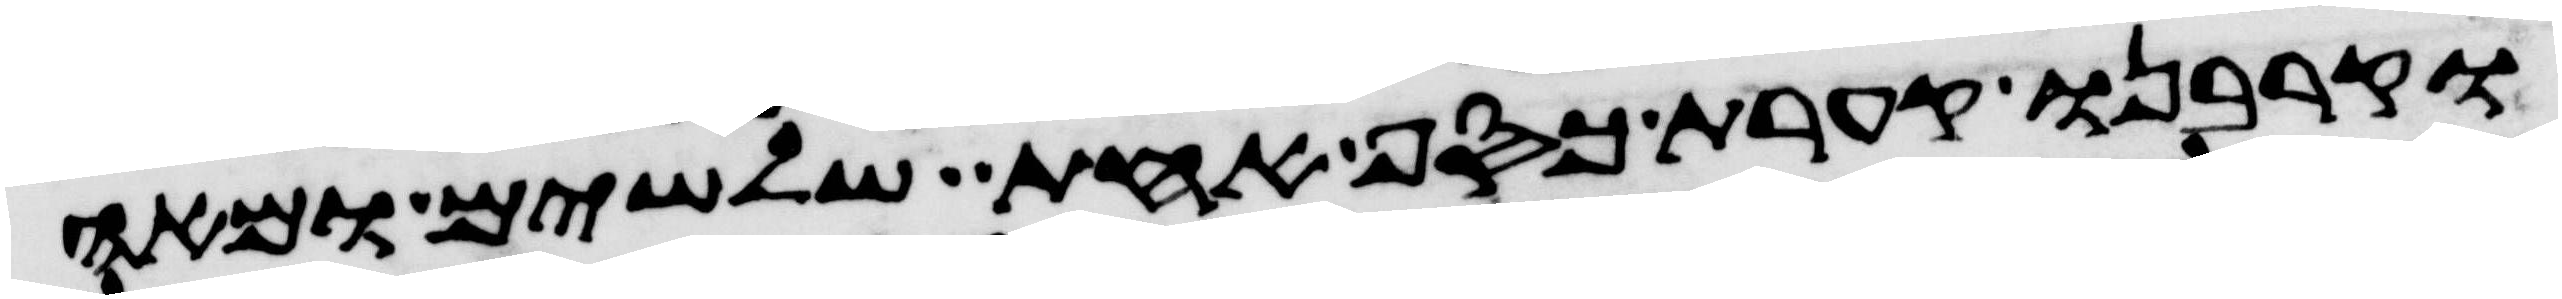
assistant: וקרבנו קערת כסף אחת שלשים ומאה